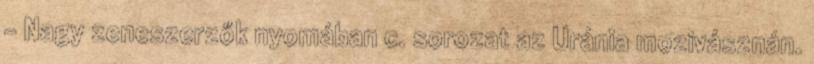
– Nagy zeneszerzők nyomában c. sorozat az Uránia mozivásznán.